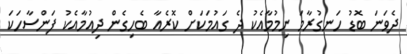
ދެވަނަ ބޮޑު ހަނގުރާމަ ނިމުމާއެކު ދެ ގައުމަކަށް ކޮރެއާ ބެހިގެން ދިއުމާއެކު ފަންސާހަކަ